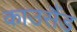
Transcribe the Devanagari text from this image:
काउसैंड